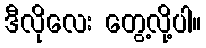
ဒီလိုလေး တွေ့လို့ပါ။